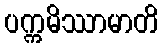
ပက္ကမိဿာမာတိ